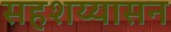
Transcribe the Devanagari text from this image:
सहशय्यासन